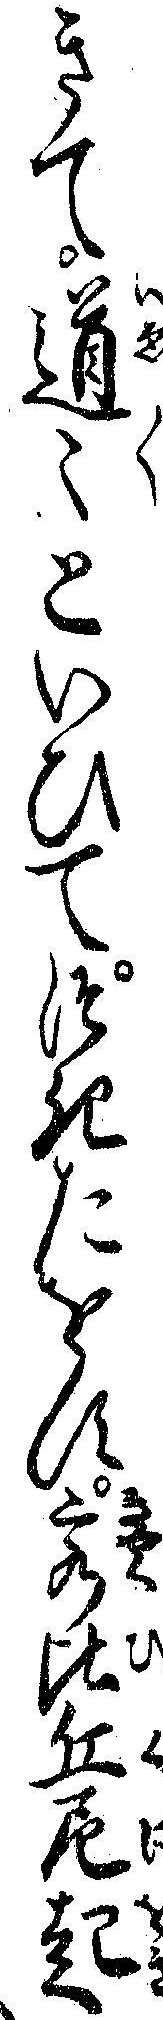
きて道々といひてつきたをす客比丘尼起